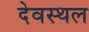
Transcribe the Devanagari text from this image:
देवस्थल